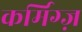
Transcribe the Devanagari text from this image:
कर्मिग्ज़